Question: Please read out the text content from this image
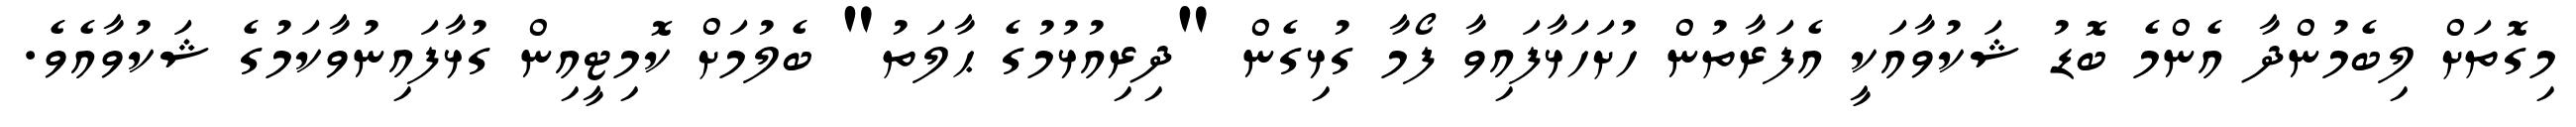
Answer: މިގޮތަށް ލިބެމުންދާ އެންމެ ބޮޑު ޝަކުވާއަކީ އެފަރާތުން ހުށަހަޅާފައިވާ ފޯމާ ގުޅިގެން "ދިރިއުޅުމުގެ ޙާލަތު" ބެލުމަށް ކޮމިޓީއިން ގުޅާފައިނުވާކަމުގެ ޝަކުވާއެވެ.